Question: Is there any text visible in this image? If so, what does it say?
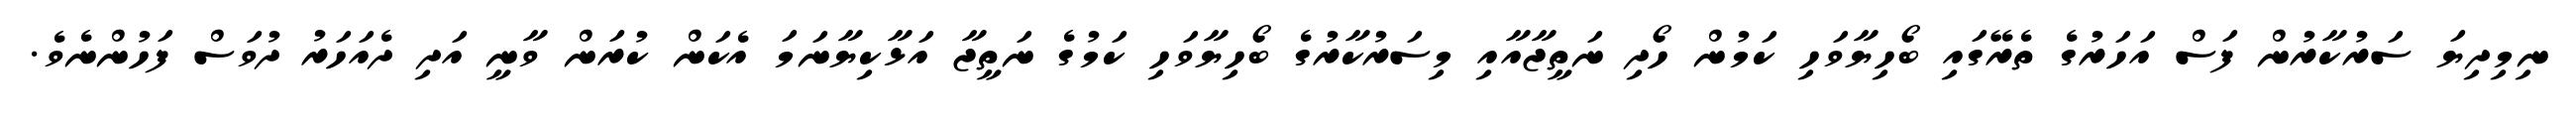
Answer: ނިމިދިޔަ ސަރުކާރުން ފަސް އަހަރުގެ ތެރޭގައި ބޯހިޔާވަހި ކަމުން ހޯދި ނަތީޖާއާއި މިސަރުކާރުގެ ބޯހިޔާވަހި ކަމުގެ ނަތީޖާ އަޅާކިޔާނަމަ އެކަން ކުރަން ވާނީ އަދި ދެއަހަރު ދުވަސް ފަހުންނެވެ.